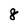
Character: 8